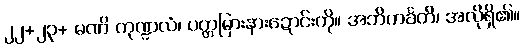
၂၂+၂၃+ မဏိ ကုဏ္ဍလံ၊ ပတ္တမြားနားဍောင်းကို။ အဘိကင်္ခတိ၊ အလိုရှိ၏။